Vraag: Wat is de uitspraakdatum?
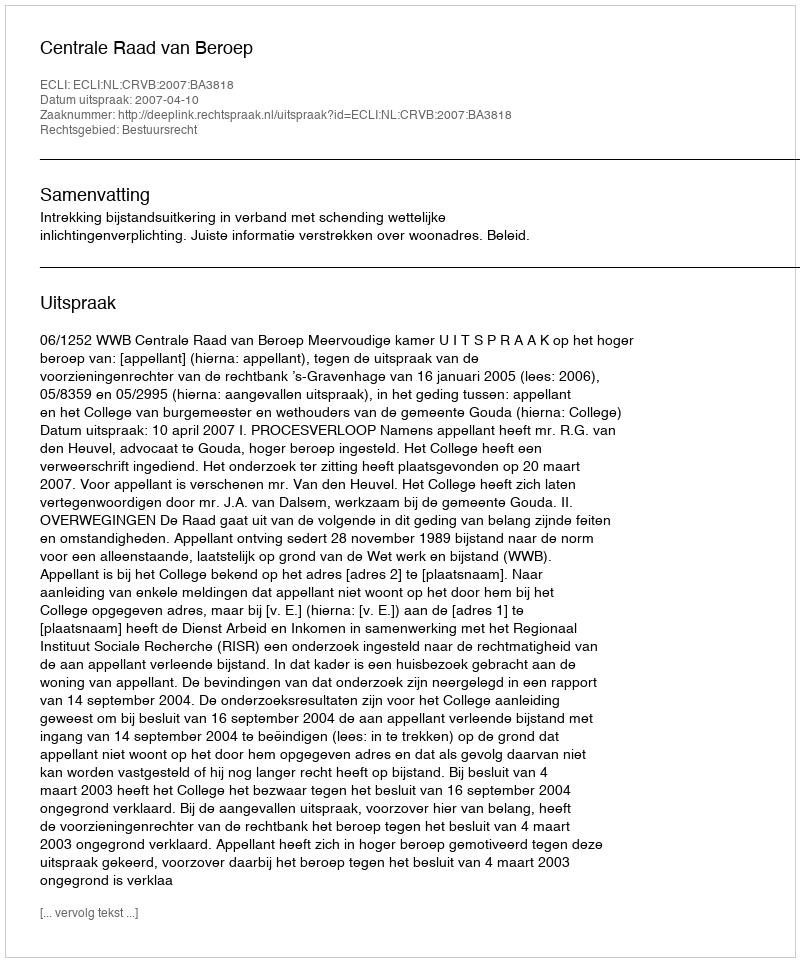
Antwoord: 2007-04-10